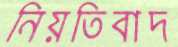
নিয়তিবাদ